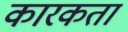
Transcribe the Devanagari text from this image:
कारकता